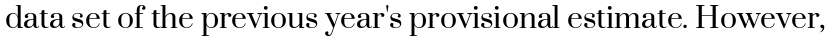
data set of the previous year's provisional estimate. However,